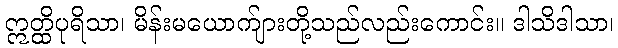
ဣတ္ထိပုရိသာ၊ မိန်းမယောက်ျားတို့သည်လည်းကောင်း။ ဒါသိဒါသာ၊